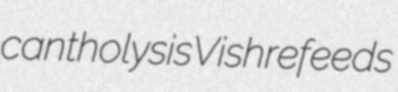
cantholysis Vish refeeds